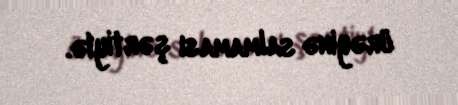
ürəyinə salmaması şərtiylə.